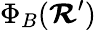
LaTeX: \Phi_{B}(\boldsymbol{\mathcal{R}}^{\prime})